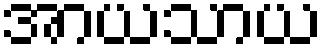
အာယသာယ